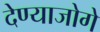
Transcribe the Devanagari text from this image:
देण्याजोगे